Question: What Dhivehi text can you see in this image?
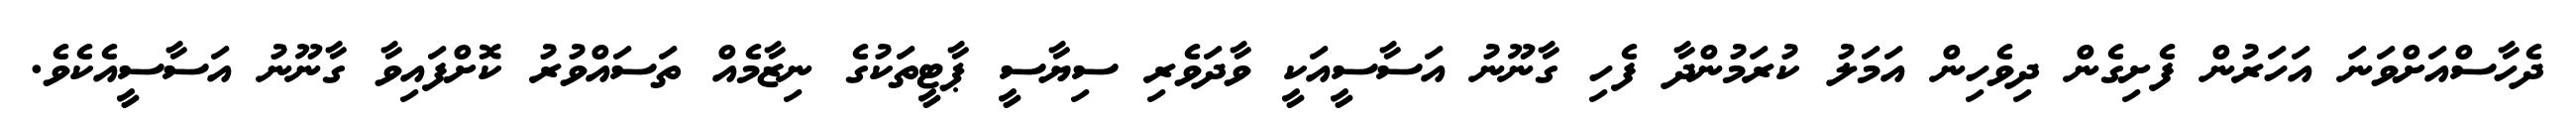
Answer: ދެހާސްއަށްވަނަ އަހަރުން ފެށިގެން ދިވެހިން އަމަލު ކުރަމުންދާ ފެހި ގާނޫނު އަސާސީއަކީ ވާދަވެރި ސިޔާސީ ޕާޓީތަކުގެ ނިޒާމެއް ތަސައްވުރު ކޮށްފައިވާ ގާނޫނު އަސާސީއެކެވެ.